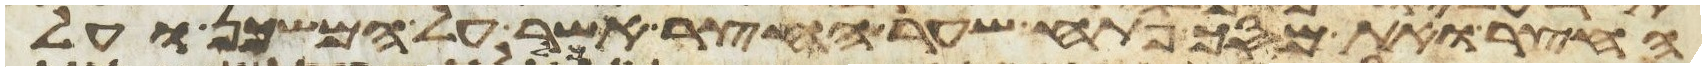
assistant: החצר ואת מסך פתח שער החצר אשר על המשכן ועל